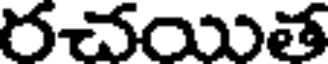
రచయిత